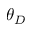
\theta _ { D }